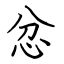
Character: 忿